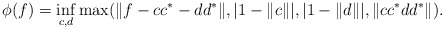
\begin{align*}\phi(f)=\inf_{c,d} \max(\|f-cc^*-dd^*\|, |1-\|c\||, |1-\|d\||, \|cc^*dd^*\|).\end{align*}